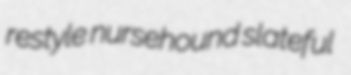
restyle nursehound slateful